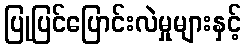
ပြုပြင်ပြောင်းလဲမှုများနှင့်